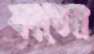
ফাতেম